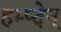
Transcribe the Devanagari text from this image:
हम्प्देन्